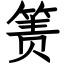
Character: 箦